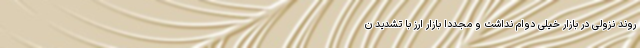
روند نزولی در بازار خیلی دوام نداشت و مجدداً بازار ارز با تشدید ن